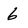
Character: 6